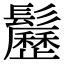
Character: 𩯺